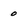
Character: 0